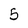
Character: 5